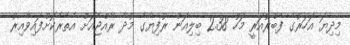
މިދިޔަ އަހަރުގެ ފެބްރުއަރީ މަހު 2.38 ބިލިއަން ރުފިޔާގެ މުދާ ރާއްޖެއަށް އެތެރެކޮށްފައިވާއިރު